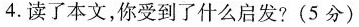
4. 读了本文，你受到了什么启发? (5分)